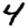
Digit: 4